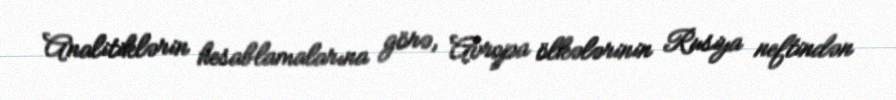
Analitiklərin hesablamalarına görə, Avropa ölkələrinin Rusiya neftindən